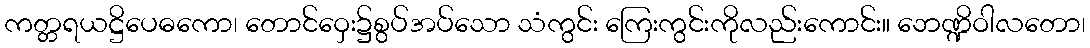
ကတ္တရယဋ္ဌိပေဓကော၊ တောင်ဝှေး၌စွပ်အပ်သော သံကွင်း ကြေးကွင်းကိုလည်းကောင်း။ ဘေဏ္ဍိဝါလတော၊